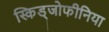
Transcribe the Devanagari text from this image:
स्किड्जोफीनिया